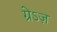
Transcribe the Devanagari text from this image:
ग्रेऽज़